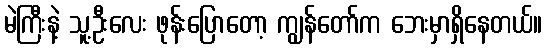
မဲကြီးနဲ့ သူ့ဦးလေး ဖုန်းပြောတော့ ကျွန်တော်က ဘေးမှာရှိနေတယ်။